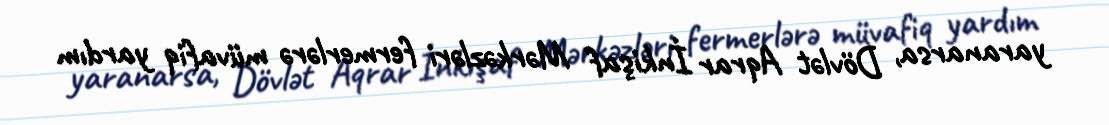
yaranarsa, Dövlət Aqrar İnkişaf Mərkəzləri fermerlərə müvafiq yardım